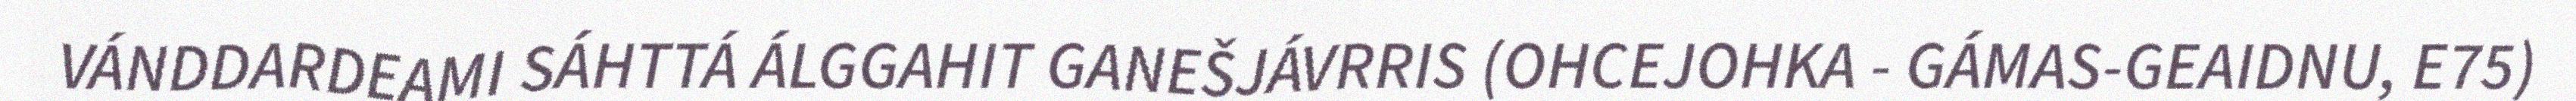
VÁNDDARDEAMI SÁHTTÁ ÁLGGAHIT GANEŠJÁVRRIS (OHCEJOHKA - GÁMAS-GEAIDNU, E75)